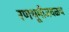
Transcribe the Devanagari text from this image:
रणभूमीजवळच